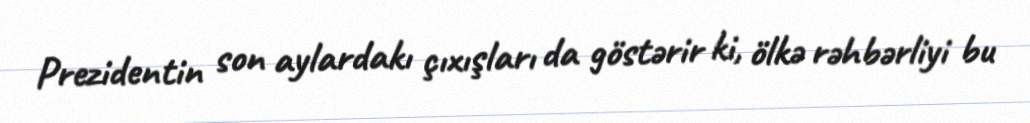
Prezidentin son aylardakı çıxışları da göstərir ki, ölkə rəhbərliyi bu